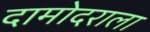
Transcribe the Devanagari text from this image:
दामोदराला